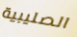
الصليبية